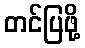
တင်ပြဖို့